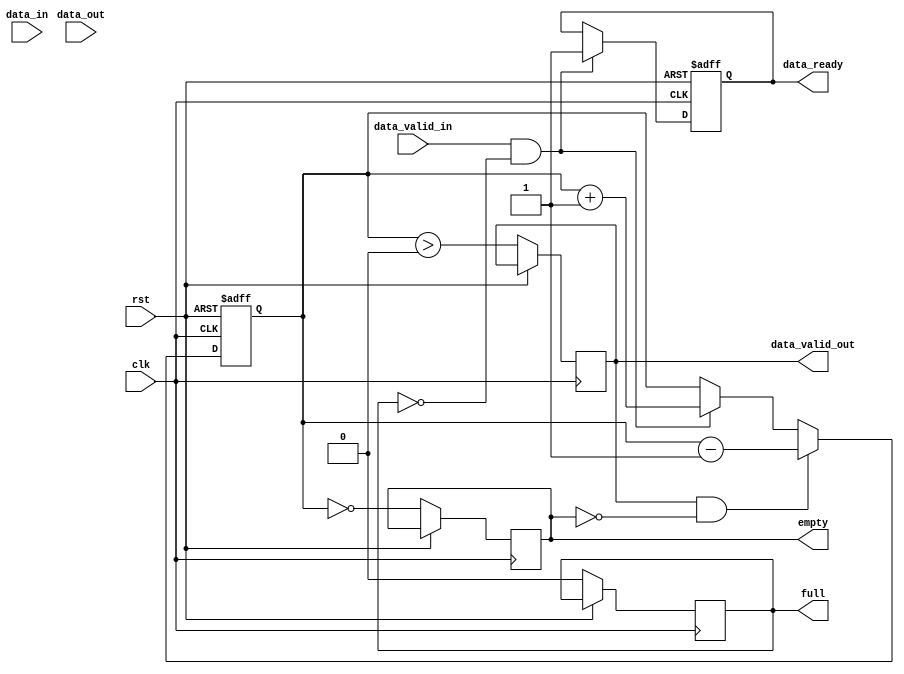
module control_unit (
    input rst,
    input clk,
    input data_in,
    input data_out,
    input data_valid_in,
    output data_valid_out,
    output empty,
    output full,
    output reg data_ready
);

reg [7:0] fifo_memory [0:7];
reg [2:0] write_ptr;
reg [2:0] read_ptr;
reg [2:0] count;

always @(posedge clk or posedge rst) begin
    if (rst) begin
        write_ptr <= 3'b000;
        read_ptr <= 3'b000;
        count <= 3'b000;
        data_ready <= 1'b0;
    end else begin
        if (data_valid_in && !full) begin
            fifo_memory[write_ptr] <= data_in;
            write_ptr <= write_ptr + 1;
            count <= count + 1;
            data_ready <= 1'b1;
        end
        
        if (data_valid_out && !empty) begin
            data_out <= fifo_memory[read_ptr];
            read_ptr <= read_ptr + 1;
            count <= count - 1;
        end
        
        data_valid_out <= count > 0;
        full <= count == 8;
        empty <= count == 0;
    end
end

endmodule